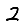
Digit: 2